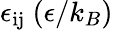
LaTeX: \epsilon_{\mathrm{ij}}~(\epsilon/k_{B})